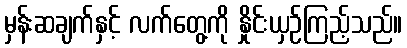
မှန်းဆချက်နှင့် လက်တွေ့ကို နှိုင်းယှဉ်ကြည့်သည်။